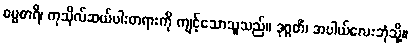
ဓမ္မစာရီ၊ ကုသိုလ်ဆယ်ပါးတရားကို ကျင့်သောသူသည်။ ဒုဂ္ဂတိံ၊ အပါယ်လေးဘုံသို့။